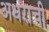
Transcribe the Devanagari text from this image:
अधराची